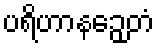
ပရိဟာနဉှေတံ